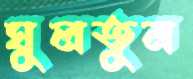
ঘুলতুম